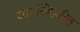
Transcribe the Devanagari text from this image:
व्यवस्थिथीत